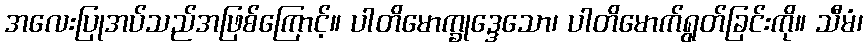
အလေးပြုအပ်သည်အဖြစ်ကြောင့်။ ပါတိမောက္ခုဒ္ဒေသော၊ ပါတိမောက်ရွတ်ခြင်းကို။ သီမံ၊